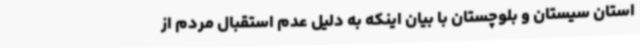
استان سیستان و بلوچستان با بیان اینکه به دلیل عدم استقبال مردم از